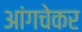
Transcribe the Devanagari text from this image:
आंगचेकर